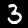
Label: 3